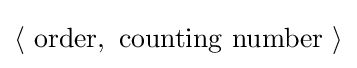
\langle \ {\text{order}},\ {\text{counting number}}\ \rangle